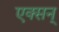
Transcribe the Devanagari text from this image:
एक्सन्